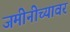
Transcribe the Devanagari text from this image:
जमीनीच्यावर